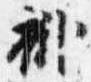
褂